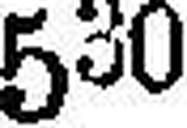
530